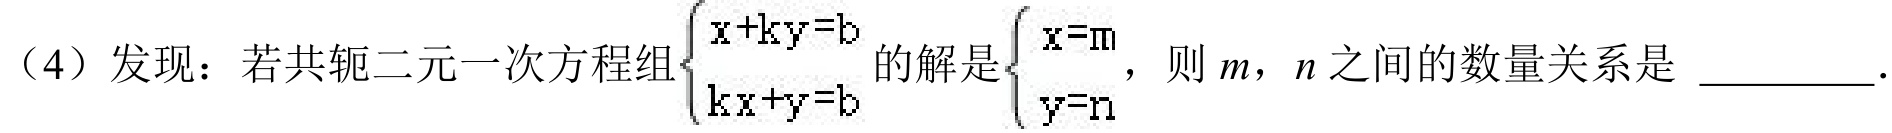
（4）发现：若共轭二元一次方程组$\begin{cases}x + ky = b\\kx + y = b\end{cases}$的解是$\begin{cases}x = m\\y = n\end{cases}$，则$m$，$n$之间的数量关系是 \_\_\_\_\_ .